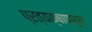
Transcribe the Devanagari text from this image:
प्रत्यक्षापासून